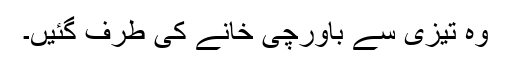
وہ تیزی سے باورچی خانے کی طرف گئیں۔